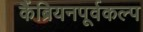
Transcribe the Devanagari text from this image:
कैंब्रियनपूर्वकल्प